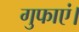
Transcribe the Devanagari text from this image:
गुफाएं।